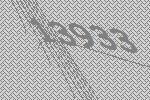
13933